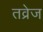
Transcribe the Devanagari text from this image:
तव्रेज